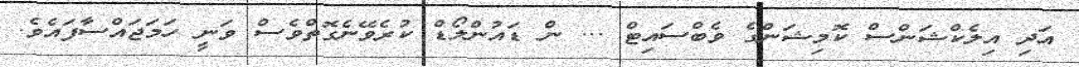
އަދި އިލެކްޝަންސް ކޮމިޝަންގެ ވެބްސައިޓް ... ން ޑައުންލޯޑް ކުރެވޭނެގޮތްވެސް ވަނީ ހަމަޖައްސާފައެވެ.